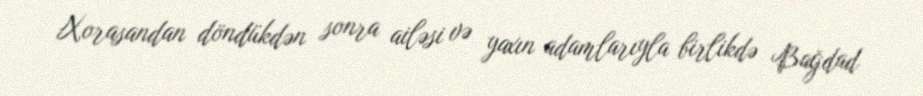
Xorasandan döndükdən sonra ailəsi və yaxın adamlarıyla birlikdə Bağdad